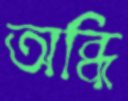
অব্ধি